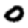
Digit: 0